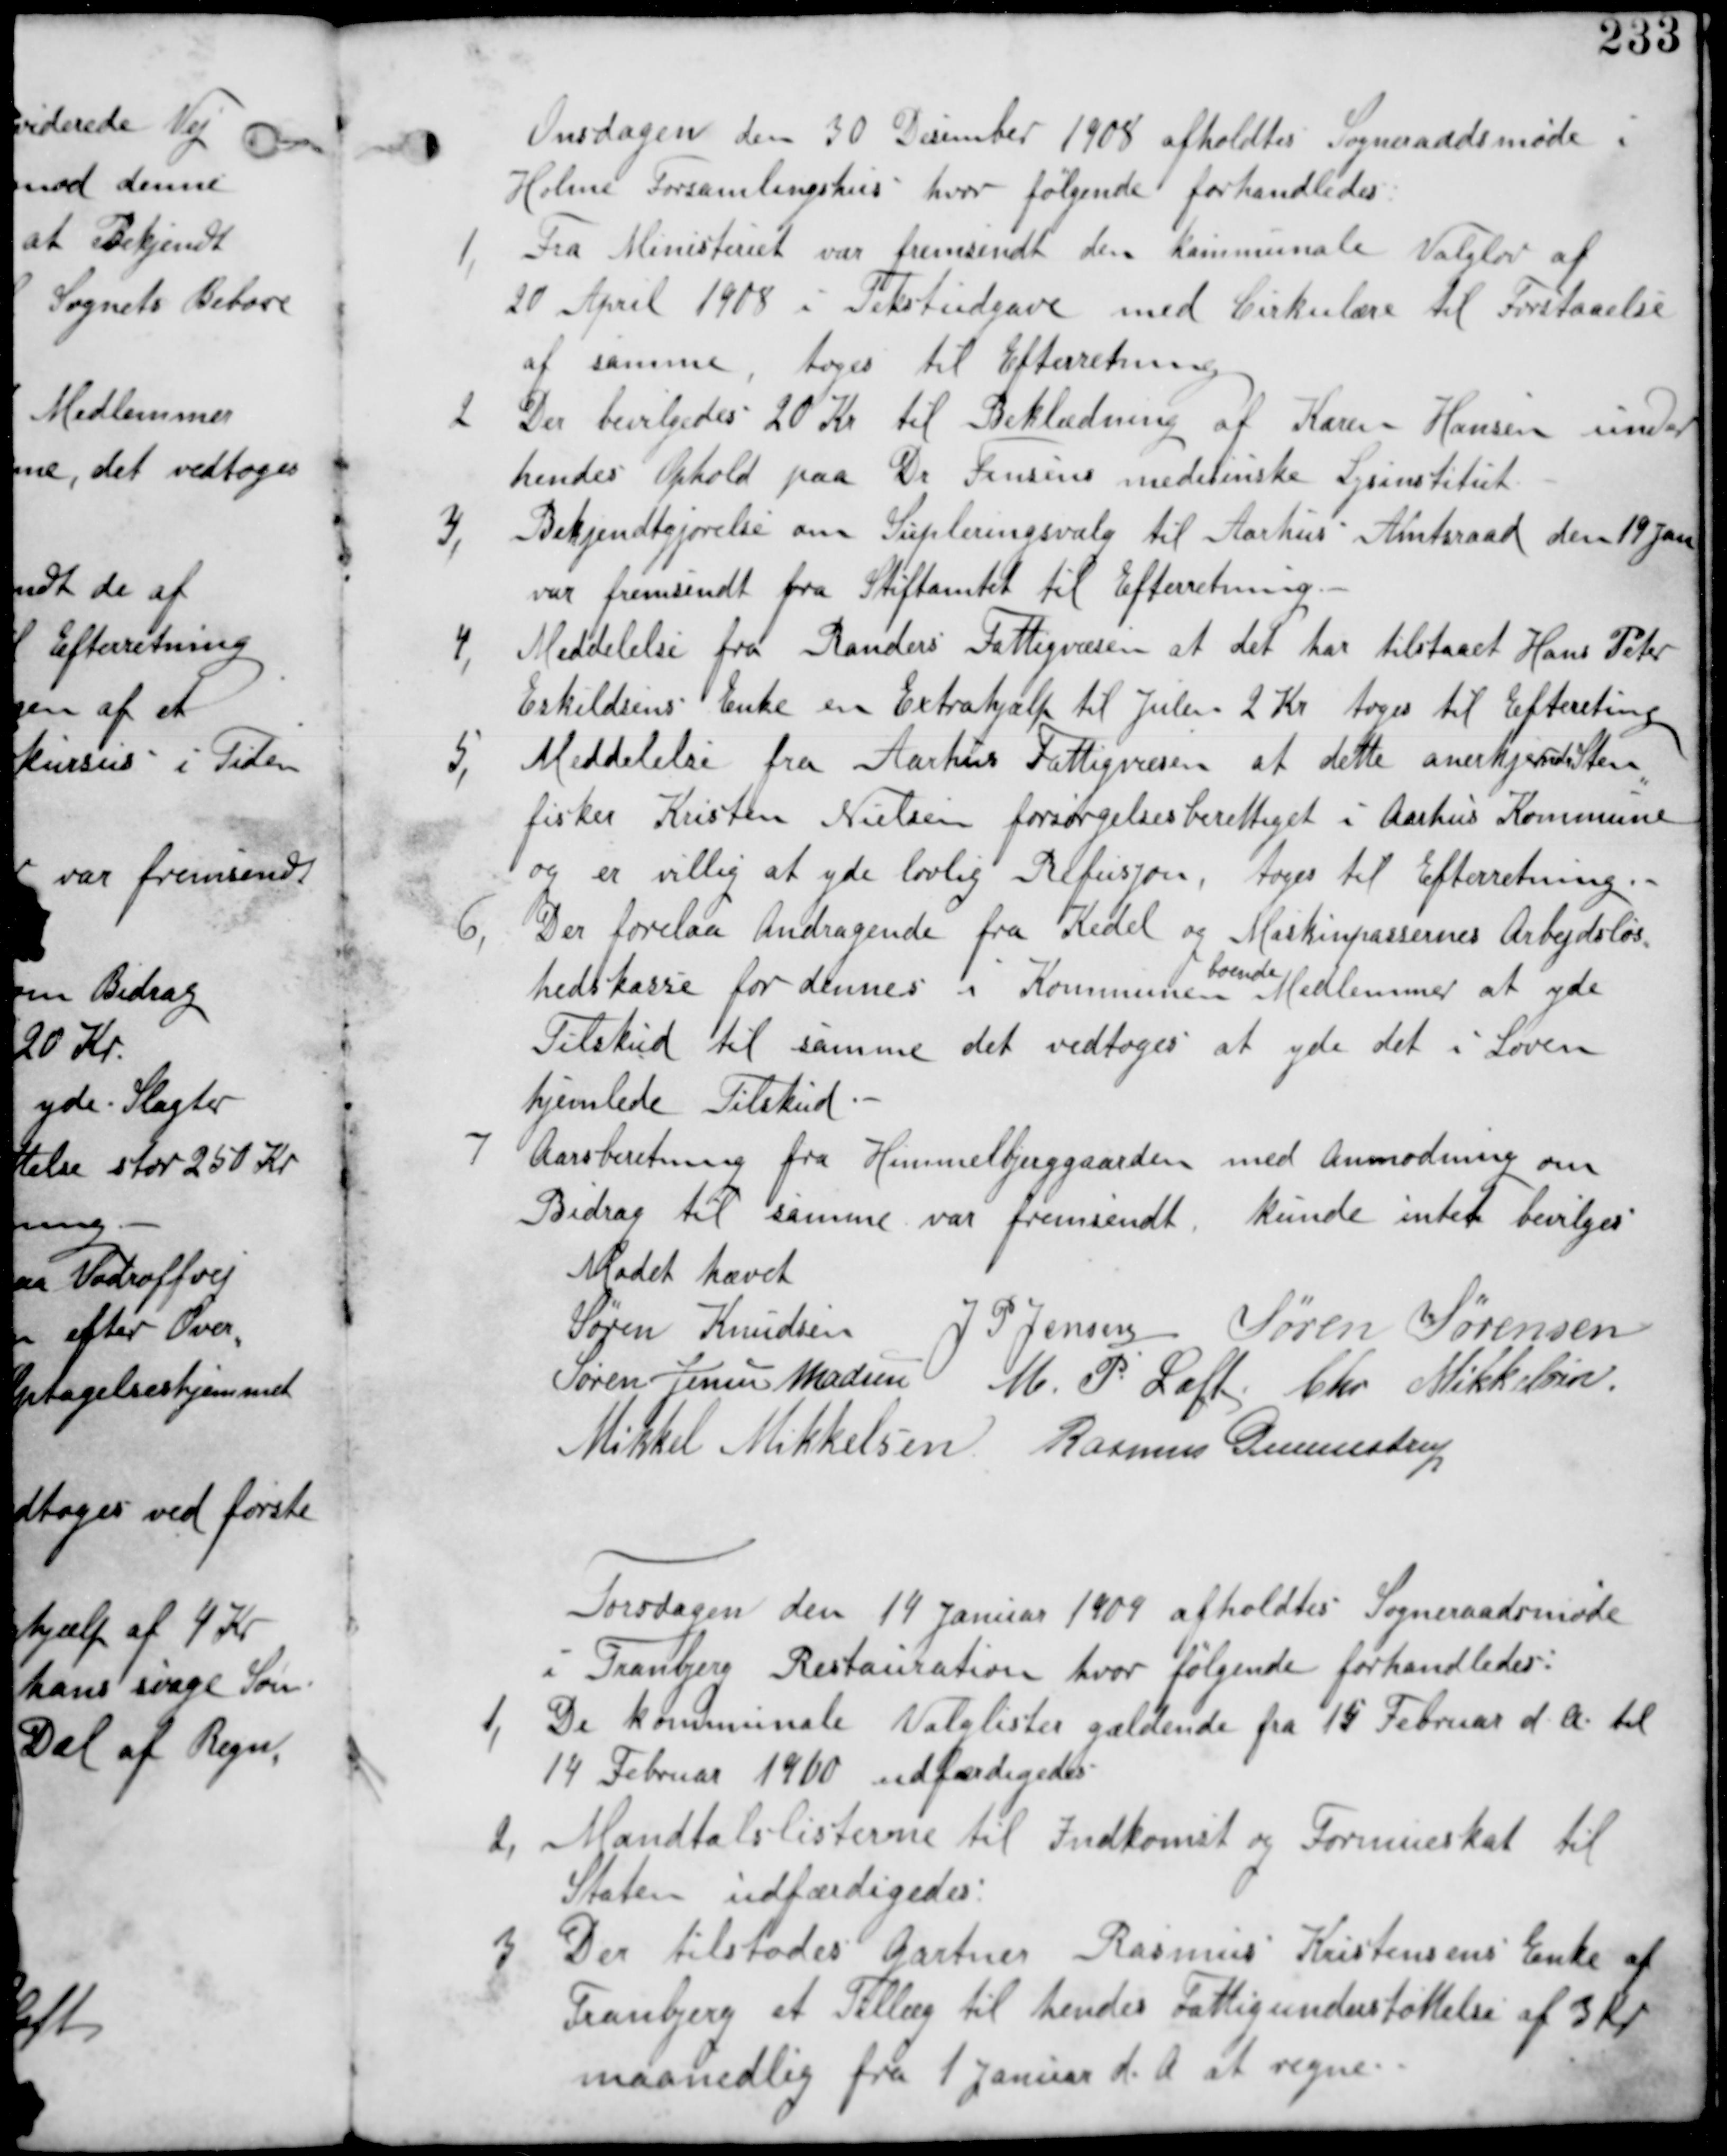
Transskription:
Onsdagen den 30 Desember 1908 afholdtes Sogneraadsmøde i
Holme Forsamlingshus hvor følgende forhandledes.

1,
Fra Ministeriet var fremsendt den kommunale Valglov af
20 April 1908 i Tekstudgave med Cirkulære til Forstaaelse
af samme, tages til Efterretning.

2
Der bevilgedes 20 Kr til Beklædning af Karen Hansen under
hendes Ophold paa Dr Finsens medisinske Lysinstitut.

3,
Bekjendtgjørelse om Supleringsvalg til Aarhus Amtsraad den 19 Jan
uar fremsendt fra Stiftamtet til Efterretning.

4,
Meddelelse fra Randers Fattigvæsen at det har tilstaaet Hans Peter
Eskildsens Enke en Extrahjælp til Julen 2 Kr tages til Efterretning.

5, Meddelelse fra Aarhus Fattigvæsen at dette anerkjender Sten
fisker Kristen Nielsen forsørgelsesberettiget i Aarhus Kommune
og er villig at yde lovlig Refusjon. tages til Efterretning.

6, Der forelaa Andragende fra Kedel og Maskinpassernes Arbejdsløs
hedskasse for dennes i Kommunen
boende
Medlemmer at yde
Tilskud til samme det vedtages at yde det i Loven
hjemlede Tilskud.

7
Aarsberetning fra Himmelbjerggaarden med anmodning om
Bidrag til samme var fremsendt. kunne intet bevilges

Mødet hævet
Søren Knudsen J P Jensen Søren Sørensen
Søren Jensen Madsen M P Loft Chr Mikkelsen
Mikkel Mikkelsen Rasmus Gunnestrup

Torsdagen den 14 Januar 1909 afholdes Søgneraadsmøde
i Tranbjerg Restauration hvor følgende forhandledes:

1, De kommunale Valglister gældende fra 15 Februar d.A til
14 Februar 1910 udfærdiges.

2, Mandtalslisterne til Indkomst og Formueskat til
Staten udfærdiges.

3 Der tilstodes Gartner Rasmus Kristensens Enke af
Tranbjerg et Tillæg til hendes Fattigunderstøttelse af 3 Kr
maanedlig fra 1 Januar d. A at regne.